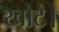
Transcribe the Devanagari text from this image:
खोटे।